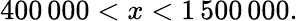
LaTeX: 400\, 000<x<1\, 500\, 000.